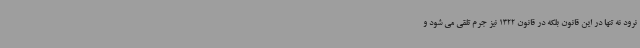
نرود نه تنها در این قانون بلکه در قانون 1322 نیز جرم تلقی می شود و